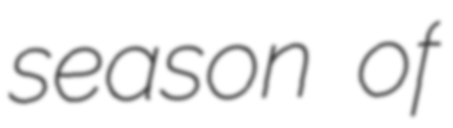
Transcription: season of